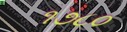
૧૭૮૦